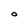
Character: O